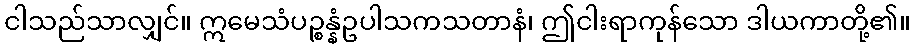
ငါသည်သာလျှင်။ ဣမေသံပဉ္စန္နံဥပါသကသတာနံ၊ ဤငါးရာကုန်သော ဒါယကာတို့၏။